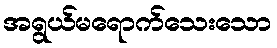
အရွယ်မရောက်သေးသော